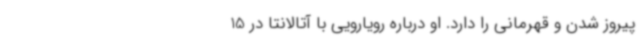
پیروز شدن و قهرمانی را دارد. او درباره رویارویی با آتالانتا در 15